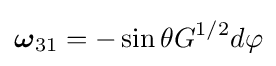
{\boldsymbol {\omega }}_{31}=-\sin \theta G^{1/2}d\varphi